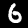
Label: 6